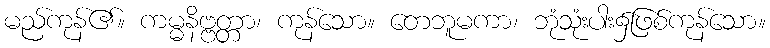
မည်ကုန်၏။ ကမ္မနိဗ္ဗတ္တာ၊ ကုန်သော။ တေဘူမကာ၊ ဘုံသုံးပါး၌ဖြစ်ကုန်သော။